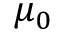
\mu _ { 0 }